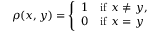
\rho ( x , y ) = \left\{ { \begin{array} { l l } { 1 } & { { \mathrm { i f } } \ x \neq y , } \\ { 0 } & { { \mathrm { i f } } \ x = y } \end{array} } \right.